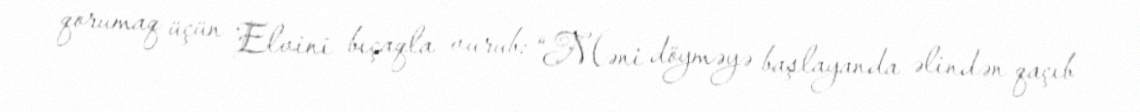
qorumaq üçün Elvini bıçaqla vurub: “Məni döyməyə başlayanda əlindən qaçıb